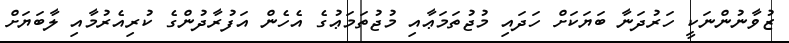
ޒުވާނުންނަކީ ހަރުދަނާ ބަޔަކަށް ހަދައި މުޖުތަމަޢާއި މުޖުތަމަޢުގެ އެހެން އަފުރާދުންގެ ކުރިއެރުމާއި ލާބަޔަށް